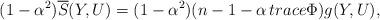
LaTeX: \begin{align*}(1-\alpha^{2})\overline{S}(Y,U)=(1-\alpha^{2})(n-1-\alpha \, trace \Phi)g(Y,U),\end{align*}